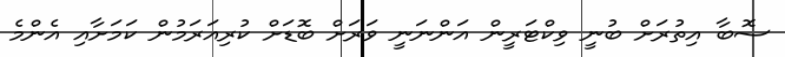
ސޮބާ އިތުރަށް ބުނީ ވިކްޓަރީން އަންނަނީ ވަރަށް ބޮޑަށް ކުރިއަރަމުން ކަމަށާއި އެންމެ